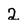
Character: 2